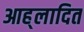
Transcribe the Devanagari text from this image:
आह्‌लादित